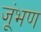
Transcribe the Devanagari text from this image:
जूंभण